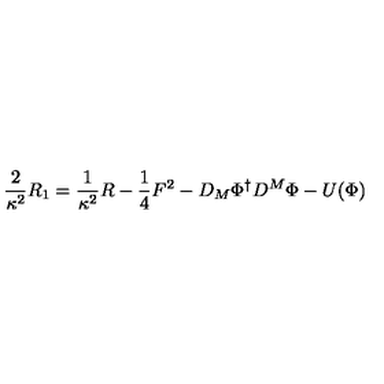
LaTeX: \frac { 2 } { \kappa ^ { 2 } } R _ { 1 } = \frac { 1 } { \kappa ^ { 2 } } R - \frac { 1 } { 4 } F ^ { 2 } - D _ { M } \Phi ^ { \dagger } D ^ { M } \Phi - U ( \Phi )